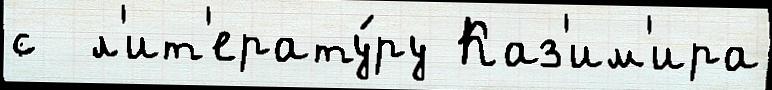
с  л'ит'ерату́ру Каз'им'ира